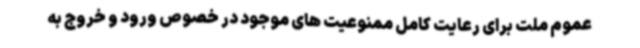
عموم ملت برای رعایت کامل ممنوعیت های موجود در خصوص ورود و خروج به